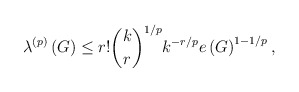
\begin{align*}\lambda^{\left( p\right) }\left( G\right) \leq r!\binom{k}{r}^{1/p}k^{-r/p}e\left( G\right) ^{1-1/p}, \end{align*}